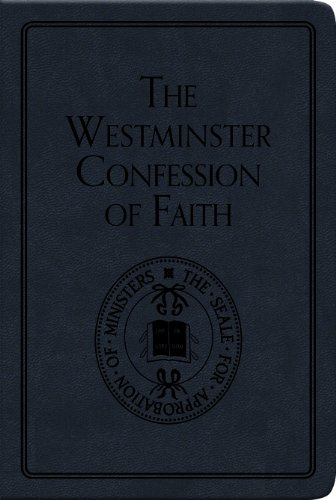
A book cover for The Westminster Confession of Faith (Pocket Puritans); Various; Christian Books & Bibles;